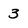
Character: 3